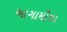
આગામીમા